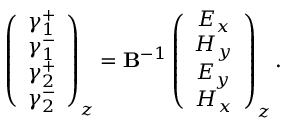
\left( \begin{array} { c } { \gamma _ { 1 } ^ { + } } \\ { \gamma _ { 1 } ^ { - } } \\ { \gamma _ { 2 } ^ { + } } \\ { \gamma _ { 2 } ^ { - } } \end{array} \right) _ { z } = \mathbf B ^ { - 1 } \left( \begin{array} { c } { E _ { x } } \\ { H _ { y } } \\ { E _ { y } } \\ { H _ { x } } \end{array} \right) _ { z } .